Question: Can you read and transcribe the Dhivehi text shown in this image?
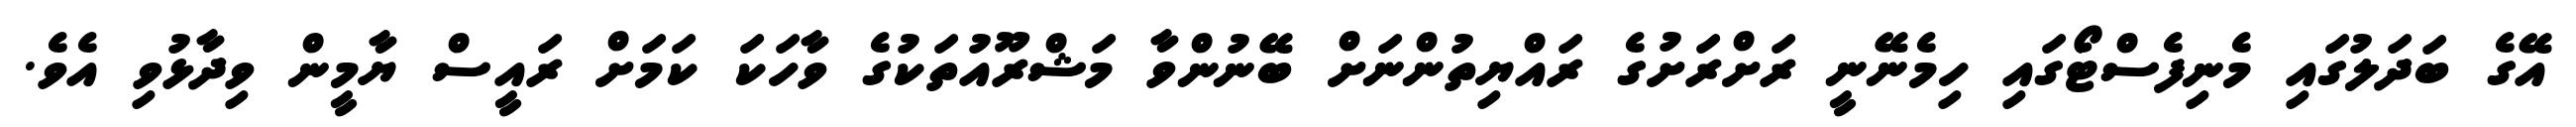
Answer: އޭގެ ބަދަލުގައި މެނިފެސްޓޯގައި ހިމެނޭނީ ރަށްރަށުގެ ރައްޔިތުންނަށް ބޭނުންވާ މަޝްރޫއުތަކުގެ ވާހަކަ ކަމަށް ރައީސް ޔާމީން ވިދާޅުވި އެވެ.